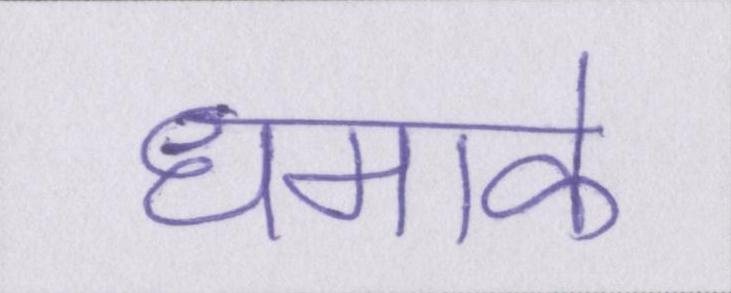
धमाके